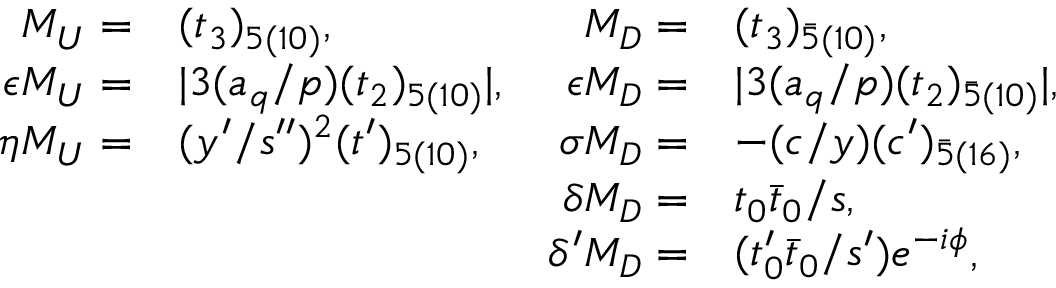
\begin{array} { r l r l } { { M _ { U } = } } & { { ( t _ { 3 } ) _ { 5 ( 1 0 ) } , } } & { { M _ { D } = } } & { { ( t _ { 3 } ) _ { \bar { 5 } ( 1 0 ) } , } } \\ { { \epsilon M _ { U } = } } & { { | 3 ( a _ { q } / p ) ( t _ { 2 } ) _ { 5 ( 1 0 ) } | , } } & { { \epsilon M _ { D } = } } & { { | 3 ( a _ { q } / p ) ( t _ { 2 } ) _ { \bar { 5 } ( 1 0 ) } | , } } \\ { { \eta M _ { U } = } } & { { ( y ^ { \prime } / s ^ { \prime \prime } ) ^ { 2 } ( t ^ { \prime } ) _ { 5 ( 1 0 ) } , } } & { { \sigma M _ { D } = } } & { { - ( c / y ) ( c ^ { \prime } ) _ { \bar { 5 } ( 1 6 ) } , } } \\ { { } } & { { } } & { { \delta M _ { D } = } } & { { t _ { 0 } \bar { t } _ { 0 } / s , } } \\ { { } } & { { } } & { { \delta ^ { \prime } M _ { D } = } } & { { ( t _ { 0 } ^ { \prime } \bar { t } _ { 0 } / s ^ { \prime } ) e ^ { - i \phi } , } } \end{array}